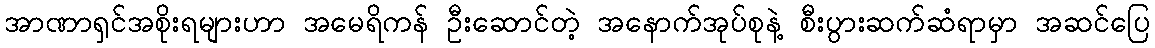
အာဏာရှင်အစိုးရများဟာ အမေရိကန် ဦးဆောင်တဲ့ အနောက်အုပ်စုနဲ့ စီးပွားဆက်ဆံရာမှာ အဆင်ပြေ